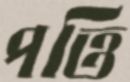
পত্তি